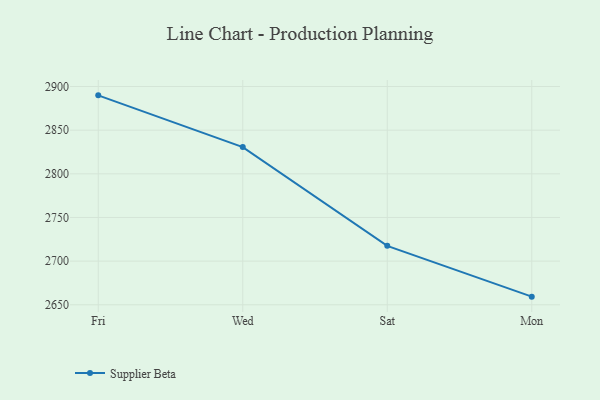
{"axis": {"x": "Day", "y": "Operating Costs (USD K)"}, "legend": ["Supplier Beta"], "data": [{"x": "Fri", "y": 2889.9, "type": "Supplier Beta"}, {"x": "Wed", "y": 2830.6, "type": "Supplier Beta"}, {"x": "Sat", "y": 2717.5, "type": "Supplier Beta"}, {"x": "Mon", "y": 2659.3, "type": "Supplier Beta"}]}